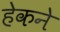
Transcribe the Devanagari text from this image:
हेकने